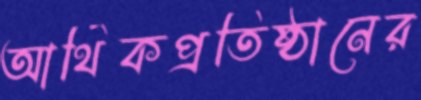
আর্থিকপ্রতিষ্ঠানের